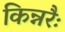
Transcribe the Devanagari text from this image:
किन्नरैः